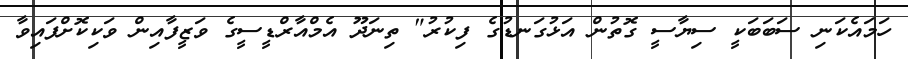
ހަމައެކަނި ސަބަބަކީ ސިޔާސީ ގޮތުން އަޅުގަނޑުގެ ފިކުރު" ތިނަދޫ އެމްއާރްޑީސީގެ ވަޒީފާއިން ވަކިކޮށްފައިވާ